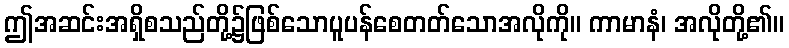
ဤအဆင်းအရှိစသည်တို့၌ဖြစ်သောပူပန်စေတတ်သောအလိုကို။ ကာမာနံ၊ အလိုတို့၏။